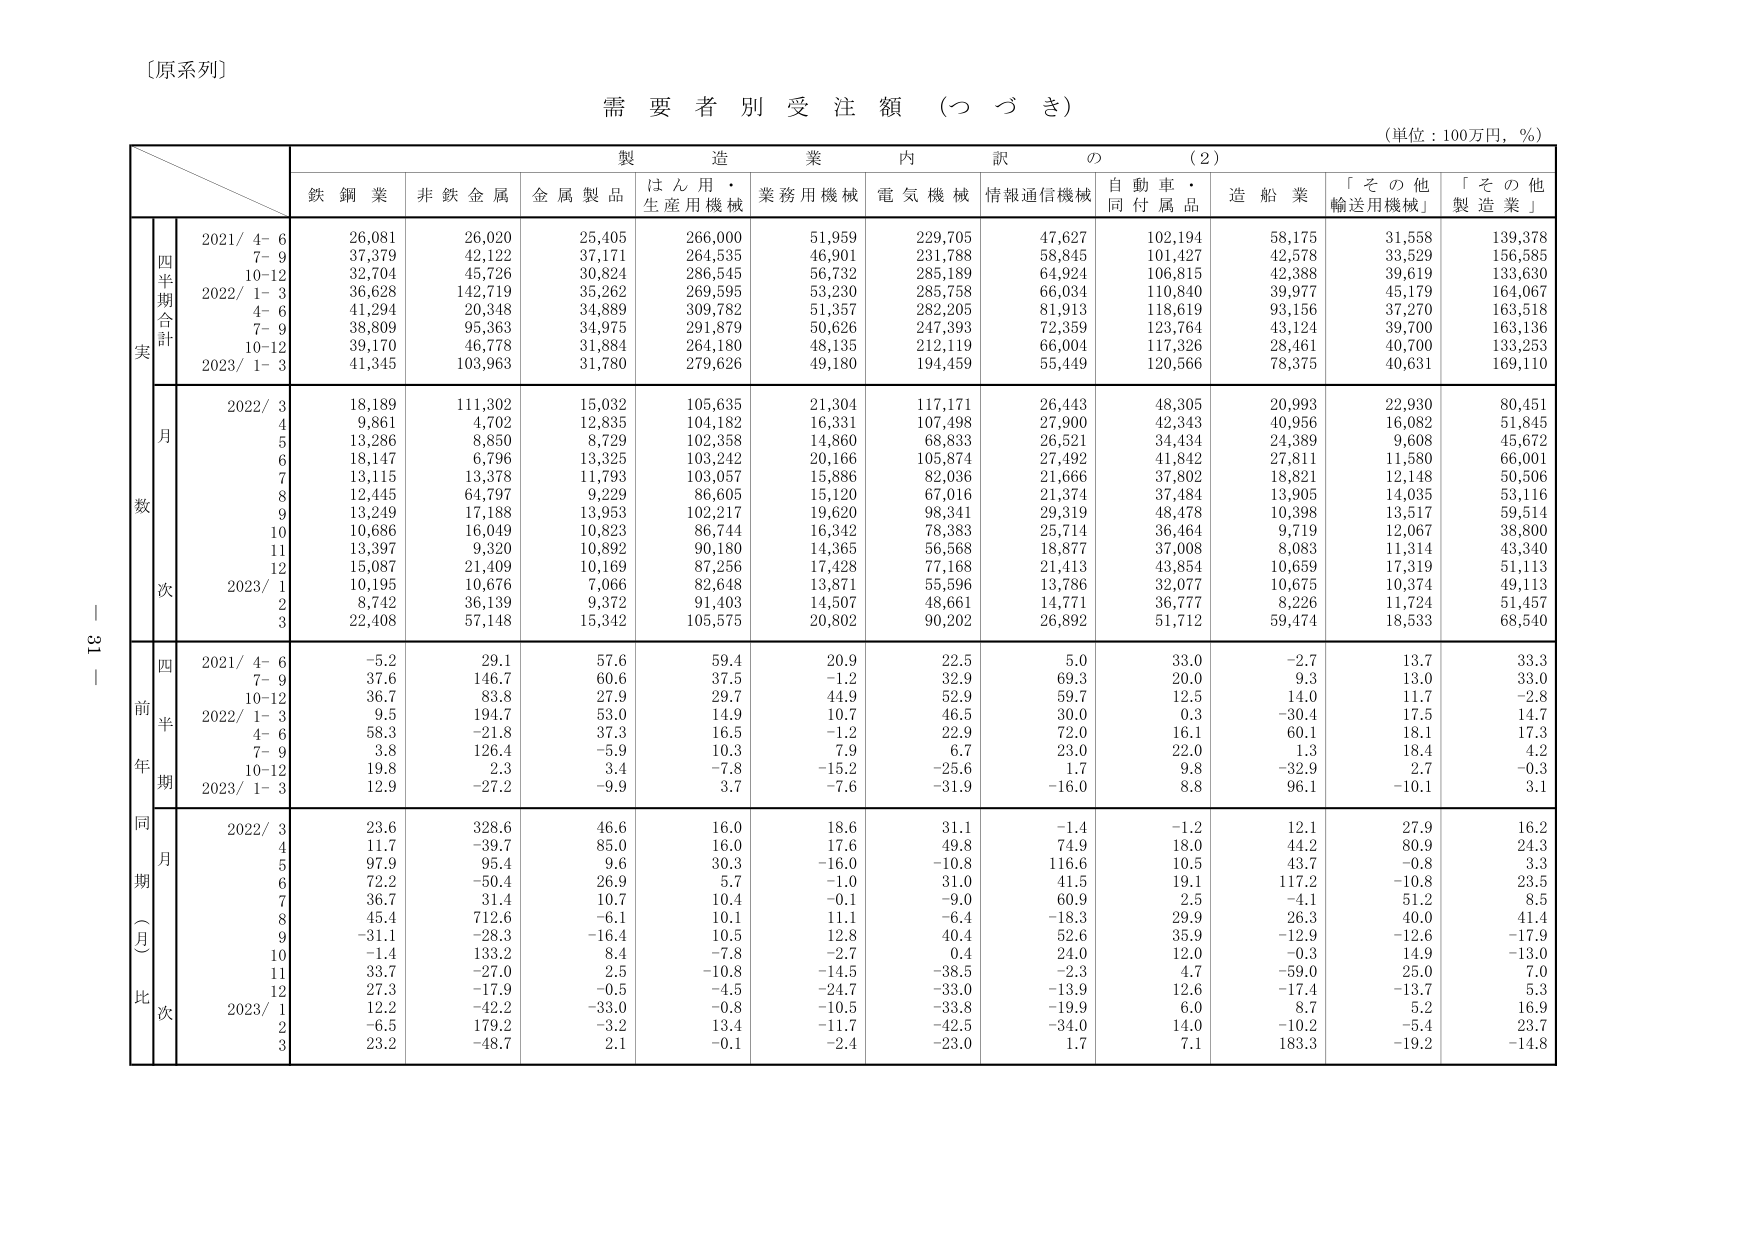
〔原系列〕

需要者別受注額（つづき）

（単位：100万円，％）

製造業内訳の（2）

鉄鋼業　非鉄金属　金属製品　はん用・生産用機械　業務用機械　電気機械　情報通信機械　自動車・同付属品　造船業　「その他輸送用機械」　「その他製造業」

実
四半期合計
2021/ 4-6　26,081　26,020　25,405　266,000　51,959　229,705　47,627　102,194　58,175　31,558　139,378
　　　7-9　37,379　42,122　37,171　264,535　46,901　231,788　58,845　101,427　42,578　33,529　156,585
　　　10-12　32,704　45,726　30,824　286,545　56,732　285,189　64,924　106,815　42,388　39,619　133,630
2022/ 1-3　36,628　142,719　35,262　269,595　53,230　285,758　66,034　110,840　39,977　45,179　164,067
　　　4-6　41,294　20,348　34,889　309,782　51,357　282,205　81,913　118,619　93,156　37,270　163,518
　　　7-9　38,809　95,363　34,975　291,879　50,626　247,393　72,359　123,764　43,124　39,700　163,136
　　　10-12　39,170　46,778　31,884　264,180　48,135　212,119　66,004　117,326　28,461　40,700　133,253
2023/ 1-3　41,345　103,963　31,780　279,626　49,180　194,459　55,449　120,566　78,375　40,631　169,110

数
月次
2022/ 3　18,189　111,302　15,032　105,635　21,304　117,171　26,443　48,305　20,993　22,930　80,451
　　　4　9,861　4,702　12,835　104,182　16,331　107,498　27,900　42,343　40,956　16,082　51,845
　　　5　13,286　8,850　8,729　102,358　14,860　68,833　26,521　34,434　24,389　9,608　45,672
　　　6　18,147　6,796　13,325　103,242　20,166　105,874　27,492　41,842　27,811　11,580　66,001
　　　7　13,115　13,378　11,793　103,057　15,886　82,036　21,666　37,802　18,821　12,148　50,506
　　　8　12,445　64,797　9,229　86,605　15,120　67,016　21,374　37,484　13,905　14,035　53,116
　　　9　13,249　17,188　13,953　102,217　19,620　98,341　29,319　48,478　10,398　13,517　59,514
　　　10　10,686　16,049　10,823　86,744　16,342　78,383　25,714　36,464　9,719　12,067　38,800
　　　11　13,397　9,320　10,892　90,180　14,365　56,568　18,877　37,008　8,083　11,314　43,340
　　　12　15,087　21,409　10,169　87,256　17,428　77,168　21,413　43,854　10,659　17,319　51,113
2023/ 1　10,195　10,676　7,066　82,648　13,871　55,596　13,786　32,077　10,675　10,374　49,113
　　　2　8,742　36,139　9,372　91,403　14,507　48,661　14,771　36,777　8,226　11,724　51,457
　　　3　22,408　57,148　15,342　105,575　20,802　90,202　26,892　51,712　59,474　18,533　68,540

前年同期（月比）
四半期
2021/ 4-6　-5.2　29.1　57.6　59.4　20.9　22.5　5.0　33.0　-2.7　13.7　33.3
　　　7-9　37.6　146.7　60.6　37.5　-1.2　32.9　69.3　20.0　9.3　13.0　33.0
　　　10-12　36.7　83.8　27.9　29.7　44.9　52.9　59.7　12.5　14.0　11.7　-2.8
2022/ 1-3　9.5　194.7　53.0　14.9　10.7　46.5　30.0　0.3　-30.4　17.5　14.7
　　　4-6　58.3　-21.8　37.3　16.5　-1.2　22.9　72.0　16.1　60.1　18.1　17.3
　　　7-9　3.8　126.4　-5.9　10.3　7.9　6.7　23.0　22.0　1.3　18.4　4.2
　　　10-12　19.8　2.3　3.4　-7.8　-15.2　-25.6　1.7　9.8　-32.9　2.7　-0.3
2023/ 1-3　12.9　-27.2　-9.9　3.7　-7.6　-31.9　-16.0　8.8　96.1　-10.1　3.1

月次
2022/ 3　23.6　328.6　46.6　16.0　18.6　31.1　-1.4　-1.2　12.1　27.9　16.2
　　　4　11.7　-39.7　85.0　16.0　17.6　49.8　74.9　18.0　44.2　80.9　24.3
　　　5　97.9　95.4　9.6　30.3　-16.0　-10.8　116.6　10.5　43.7　-0.8　3.3
　　　6　72.2　-50.4　26.9　5.7　-1.0　31.0　41.5　19.1　117.2　-10.8　23.5
　　　7　36.7　31.4　10.7　10.4　-0.1　-9.0　60.9　2.5　-4.1　51.2　8.5
　　　8　45.4　712.6　-6.1　10.1　11.1　-6.4　-18.3　29.9　26.3　40.0　41.4
　　　9　-31.1　-28.3　-16.4　10.5　12.8　40.4　52.6　35.9　-12.9　-12.6　-17.9
　　　10　-1.4　133.2　8.4　-7.8　-2.7　0.4　24.0　12.0　-0.3　14.9　-13.0
　　　11　33.7　-27.0　2.5　-10.8　-14.5　-38.5　-2.3　4.7　-59.0　25.0　7.0
　　　12　27.3　-17.9　-0.5　-4.5　-24.7　-33.0　-13.9　12.6　-17.4　-13.7　5.3
2023/ 1　12.2　-42.2　-33.0　-0.8　-10.5　-33.8　-19.9　6.0　8.7　5.2　16.9
　　　2　-6.5　179.2　-3.2　13.4　-11.7　-42.5　-34.0　14.0　-10.2　-5.4　23.7
　　　3　23.2　-48.7　2.1　-0.1　-2.4　-23.0　1.7　7.1　183.3　-19.2　-14.8

－ 31 －